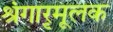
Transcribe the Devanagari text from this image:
श्रृंगारमूलक